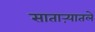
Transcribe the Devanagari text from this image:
साताऱ्यातले